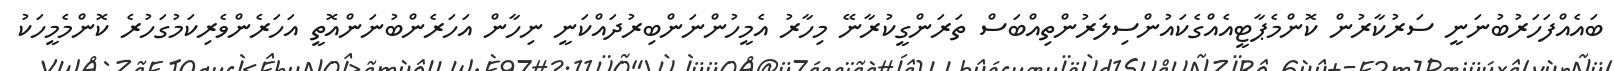
ބައެއްފަހަރުބުނަނީ ސަރުކާރުން ކޮންމެޕާޓީއެއްގެކައުންސިލަރުންތިއްބަސް ތަރަންގީކުރާނޭ މިހާރު އެމީހުންނަންބިރުދައްކަނީ ނިހާން އަހަރެންބުނަންއޮތީ އަހަރެންވެރިކަމުގަހުރެ ކޮންމެމީހަކު